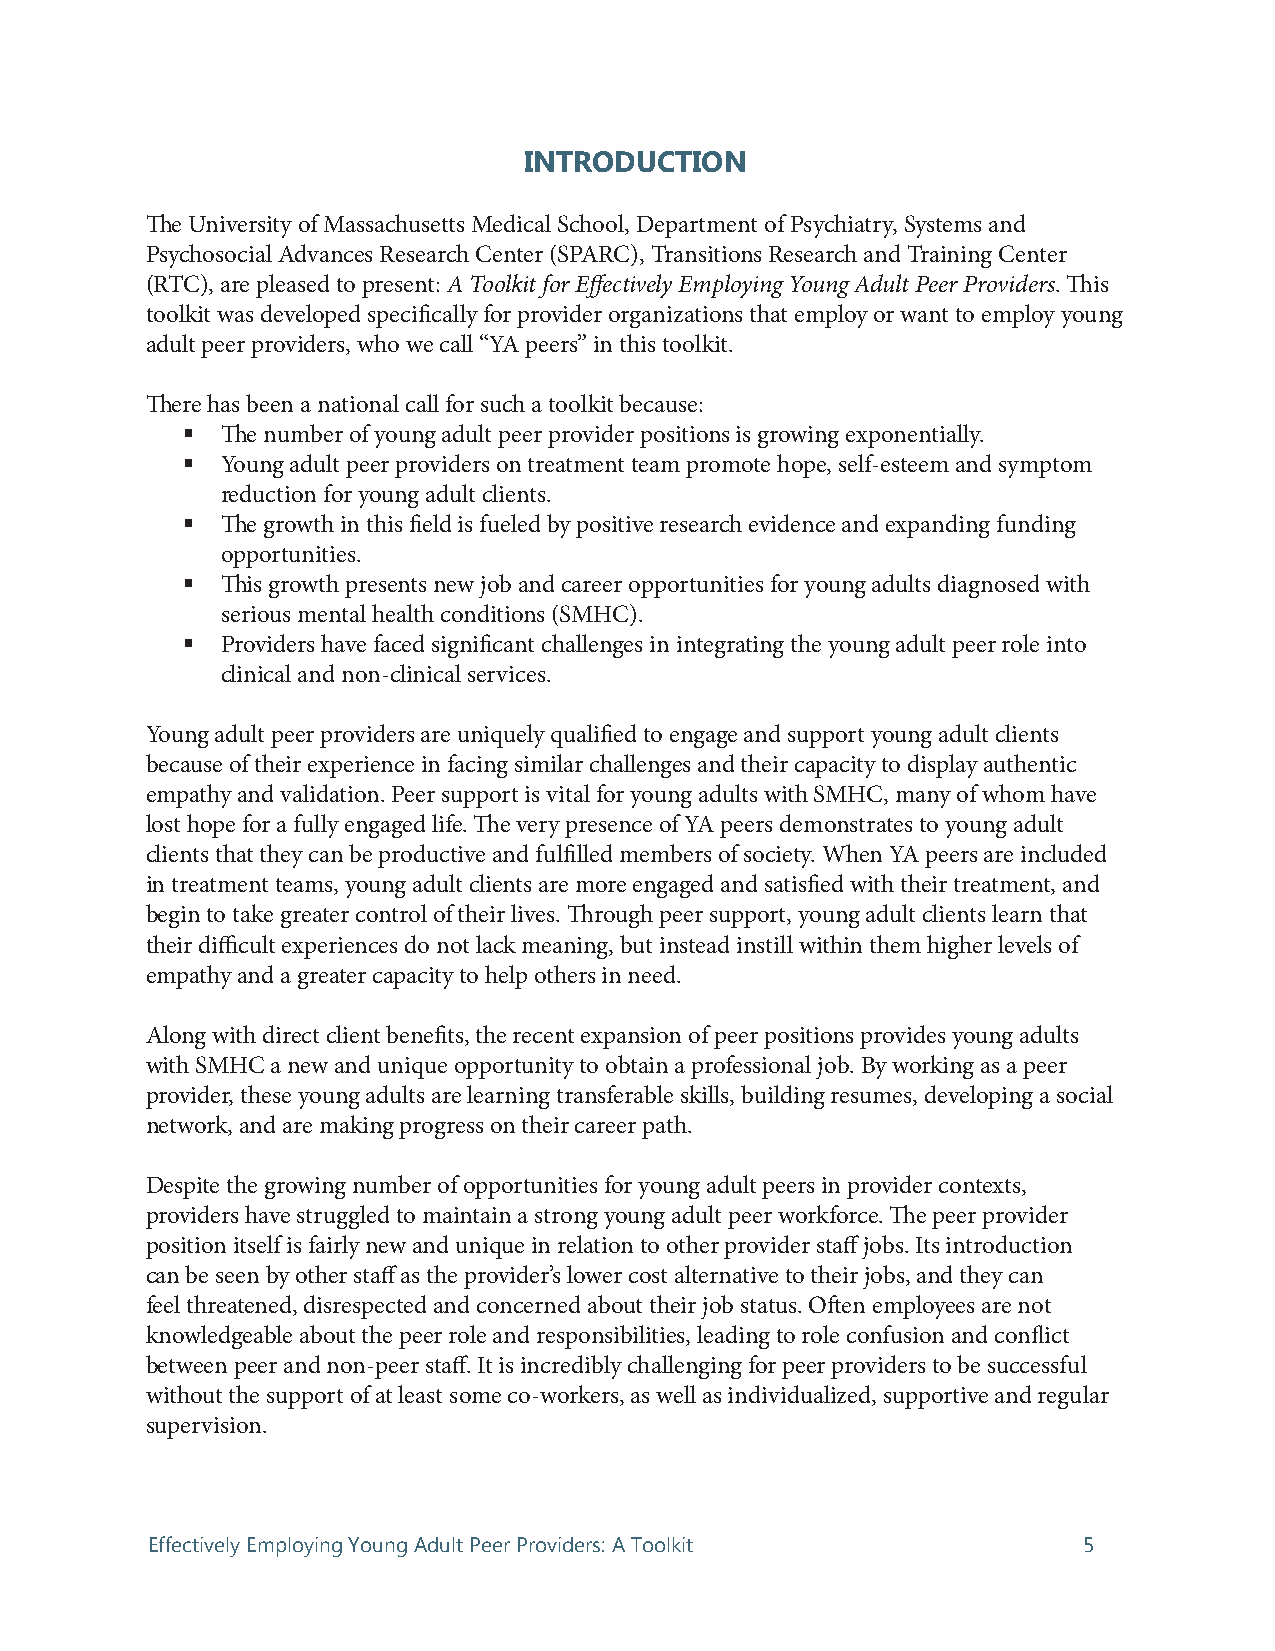
INTRODUCTION
 The University of Massachusetts Medical School, Department of Psychiatry, Systems and
 Psychosocial Advances Research Center (SPARC), Transitions Research and Training Center
 (RTC), are pleased to present: A Toolkit for Effectively Employing Young Adult Peer Providers. This
 toolkit was developed specifically for provider organizations that employ or want to employ young
 adult peer providers, who we call “YA peers” in this toolkit.
 There has been a national call for such a toolkit because:
   The number of young adult peer provider positions is growing exponentially.
   Young adult peer providers on treatment team promote hope, self-esteem and symptom
 reduction for young adult clients.
   The growth in this field is fueled by positive research evidence and expanding funding
 opportunities.
   This growth presents new job and career opportunities for young adults diagnosed with
 serious mental health conditions (SMHC).
   Providers have faced significant challenges in integrating the young adult peer role into
 clinical and non-clinical services.
 Young adult peer providers are uniquely qualified to engage and support young adult clients
 because of their experience in facing similar challenges and their capacity to display authentic
 empathy and validation. Peer support is vital for young adults with SMHC, many of whom have
 lost hope for a fully engaged life. The very presence of YA peers demonstrates to young adult
 clients that they can be productive and fulfilled members of society. When YA peers are included
 in treatment teams, young adult clients are more engaged and satisfied with their treatment, and
 begin to take greater control of their lives. Through peer support, young adult clients learn that
 their difficult experiences do not lack meaning, but instead instill within them higher levels of
 empathy and a greater capacity to help others in need.
 Along with direct client benefits, the recent expansion of peer positions provides young adults
 with SMHC a new and unique opportunity to obtain a professional job. By working as a peer
 provider, these young adults are learning transferable skills, building resumes, developing a social
 network, and are making progress on their career path.
 Despite the growing number of opportunities for young adult peers in provider contexts,
 providers have struggled to maintain a strong young adult peer workforce. The peer provider
 position itself is fairly new and unique in relation to other provider staff jobs. Its introduction
 can be seen by other staff as the provider’s lower cost alternative to their jobs, and they can
 feel threatened, disrespected and concerned about their job status. Often employees are not
 knowledgeable about the peer role and responsibilities, leading to role confusion and conflict
 between peer and non-peer staff. It is incredibly challenging for peer providers to be successful
 without the support of at least some co-workers, as well as individualized, supportive and regular
 supervision.
 Effectively Employing Young Adult Peer Providers: A Toolkit   5